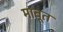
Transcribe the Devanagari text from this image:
माबूत